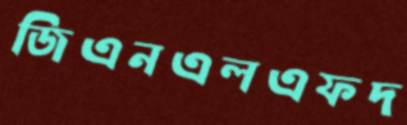
জিএনএলএফদ